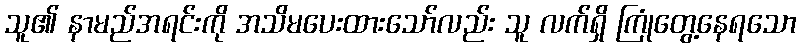
သူ၏ နာမည်အရင်းကို အသိမပေးထားသော်လည်း သူ လက်ရှိ ကြုံတွေ့နေရသော